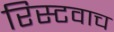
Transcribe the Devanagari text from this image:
रिस्टवाच